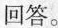
回答。